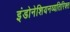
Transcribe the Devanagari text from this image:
इंडोनेशियनव्यतिरिक्त